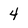
Character: 4